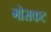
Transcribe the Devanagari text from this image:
गोसकट